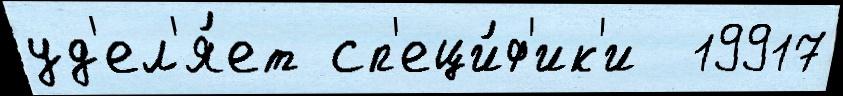
уд'ел'я́ет сп'еци́ф'ик'и  19917